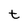
Character: t